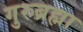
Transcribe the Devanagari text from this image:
गुरुब्रह्मा